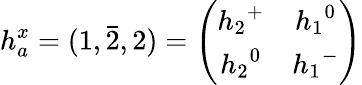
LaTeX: h_{a}^{x}=(1,\bar{2},2)=\left(\begin{array}{cc}{{{h_{2}}^{+}}}&{{{h_{1}}^{0}}}\\ {{{h_{2}}^{0}}}&{{{h_{1}}^{-}}}\end{array}\right)